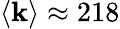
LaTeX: \langle\mathbf{k}\rangle\approx218